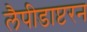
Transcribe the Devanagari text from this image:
लैपीडाप्टरन